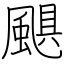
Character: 颶